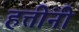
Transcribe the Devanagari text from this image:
हत्तींनी